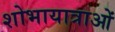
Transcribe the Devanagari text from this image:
शोभायात्राओं